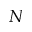
N